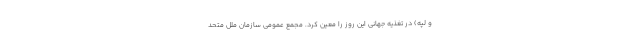
و لپه) در تغذیه جهانی این روز را معین کرد. مجمع عمومی سازمان ملل متحد